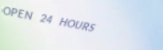
OPEN 24 HOURS